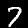
Label: 7